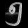
Digit: ၅